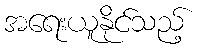
အရေးယူနိုင်သည့်